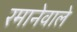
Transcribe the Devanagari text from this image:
रमानेवाले